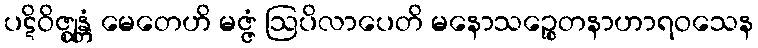
ပဋိဝိဇ္ဈန္တံ မေတေဟိ မဇ္ဇံ ဩပိလာပေတိ မနောသဉ္စေတနာဟာရဝသေန